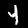
Label: 4